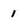
Character: 1